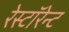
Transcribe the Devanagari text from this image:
रेस्टॉरेन्ट